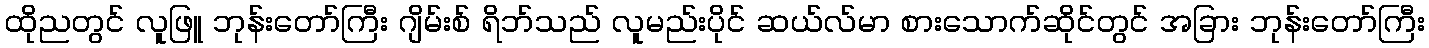
ထိုညတွင် လူဖြူ ဘုန်းတော်ကြီး ဂျိမ်းစ် ရိဘ်သည် လူမည်းပိုင် ဆယ်လ်မာ စားသောက်ဆိုင်တွင် အခြား ဘုန်းတော်ကြီး